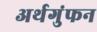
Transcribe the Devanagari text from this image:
अर्थगुंफन